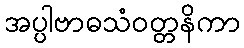
အပ္ပါဗာဓသံဝတ္တနိကာ